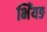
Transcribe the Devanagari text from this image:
भिँयङ